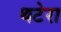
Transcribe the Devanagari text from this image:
थटेरा